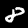
Digit: 8